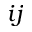
i j